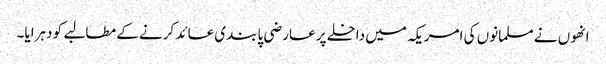
انھوں نے مسلمانوں کی امریکہ میں داخلے پر عارضی پابندی عائد کرنے کے مطالبے کو دہرایا۔